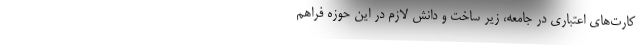
کارت‌های اعتباری در جامعه، زیر ساخت و دانش لازم در این حوزه فراهم